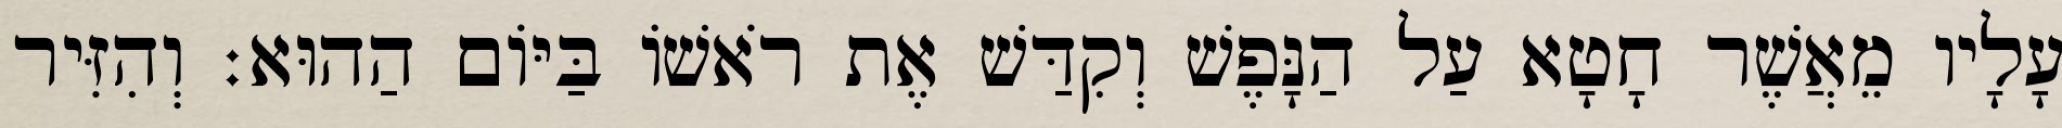
עָלָיו מֵאֲשֶׁר חָטָא עַל הַנָּפֶשׁ וְקִדַּשׁ אֶת רֹאשׁוֹ בַּיּוֹם הַהוּא׃ וְהִזִּיר